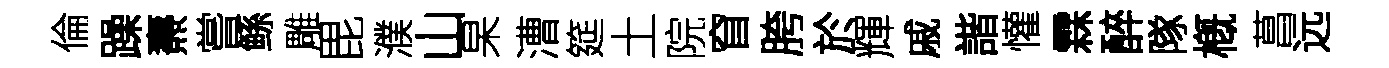
倫躁燾嘗鲧雕毘濮山杲漕筵土院窅胯於輝戚諧懽霖醉隊槪菖远